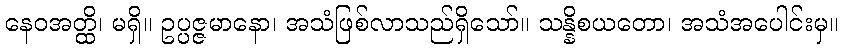
နေဝအတ္ထိ၊ မရှိ။ ဥပ္ပဇ္ဇမာနော၊ အသံဖြစ်လာသည်ရှိသော်။ သန္နိစယတော၊ အသံအပေါင်းမှ။